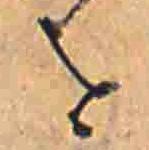
を